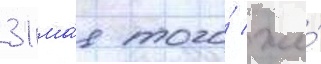
31 ма́я того́ же́